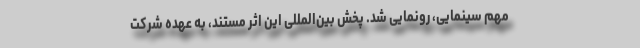
مهم سینمایی، رونمایی شد. پخش بین‌المللی این اثر مستند، به عهده شرکت